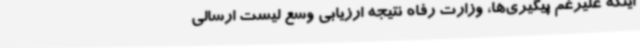
اینکه علیرغم پیگیری‌ها، وزارت رفاه نتیجه ارزیابی وسع لیست ارسالی